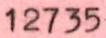
12735